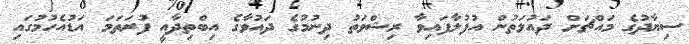
ސިޔާދުގެ މައްޗަށް ދައުލަތުން އުފުލާފައިވާ ރިޝްވަތު ދިނުމުގެ ދައުވާގެ އިބްތިދާއީ ފުރަތަމަ އަޑުއެހުމުގައި